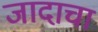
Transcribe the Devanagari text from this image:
जादाचा